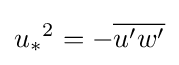
{u_{*}}^{2}=-{\overline {u'w'}}